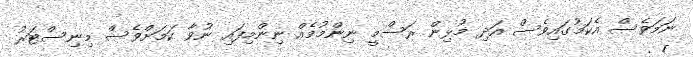
ނަމަވެސް އެކަމުގައިވެސް އަދި މުޅިން ރަސްމީ ނިންމުމެއް ނިންމިފައި ނުވާ ކަމަށްވެސް މިނިސްޓަރު